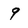
Character: 9